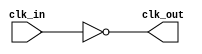
module inverting_clock_buffer (
    input wire clk_in,   // Input clock signal
    output wire clk_out  // Output inverted clock signal
);

    // Inverting the input clock signal
    assign clk_out = ~clk_in;

endmodule